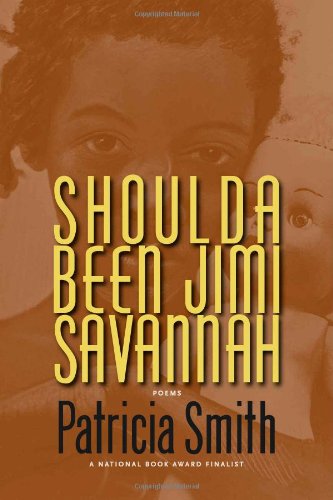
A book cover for Shoulda Been Jimi Savannah; Patricia Smith; Literature & Fiction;